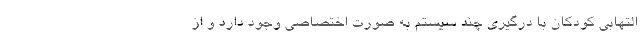
التهابی کودکان با درگیری چند سیستم به صورت اختصاصی وجود دارد و از